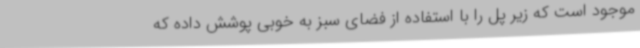
موجود است که زیر پل را با استفاده از فضای سبز به خوبی پوشش داده که